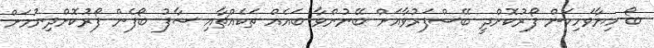
ބޯ ހިޔާވަހިކަން ފޯރުކޮށްދީ ބޭސްފަރުވާއަށް ބޭނުންވާ ބައެއް ތަކެއްޗާއި ސާފު ބޯފެން ފޯރުކޮށްދިނުމަށް